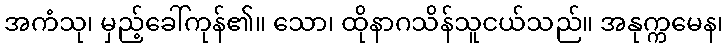
အကံသု၊ မှည့်ခေါ်ကုန်၏။ သော၊ ထိုနာဂသိန်သူငယ်သည်။ အနုက္ကမေန၊